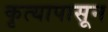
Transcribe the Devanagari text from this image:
कृत्यापासून